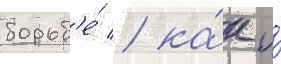
борьб'е́ / ка́к и́